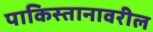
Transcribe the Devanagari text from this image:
पाकिस्तानावरील